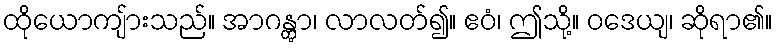
ထိုယောကျ်ားသည်။ အာဂန္တွာ၊ လာလတ်၍။ ဧဝံ၊ ဤသို့။ ဝဒေယျ၊ ဆိုရာ၏။